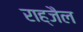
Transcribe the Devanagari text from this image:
राह्जैल